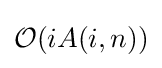
{\mathcal {O}}(iA(i,n))